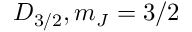
D _ { 3 / 2 } , m _ { J } = 3 / 2